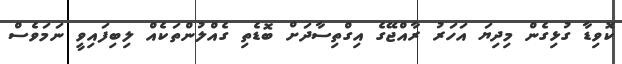
ކޮވިޑާ ގުޅިގެން މިދިޔަ އަހަރު ރާއްޖޭގެ އިގްތިސާދަށް ބޮޑެތި ގެއްލުންތަކެއް ލިބިފައިވީ ނަމަވެސް